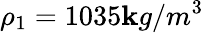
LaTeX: \rho_{1}=1035\mathbf{k}g/m^{3}